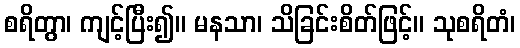
စရိတွာ၊ ကျင့်ပြီး၍။ မနသာ၊ သိခြင်းစိတ်ဖြင့်။ သုစရိတံ၊